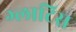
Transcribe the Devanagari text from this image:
ग्लाटिस